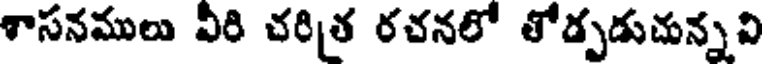
శాసనములు వీరి చరిత రచనలో తోడ్పడుచున్నవి